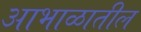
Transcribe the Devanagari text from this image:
आभाळातील